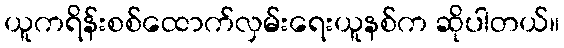
ယူကရိန်းစစ်ထောက်လှမ်းရေးယူနစ်က ဆိုပါတယ်။